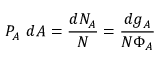
P _ { A } ~ d A = { \frac { d N _ { A } } { N } } = { \frac { d g _ { A } } { N \Phi _ { A } } }